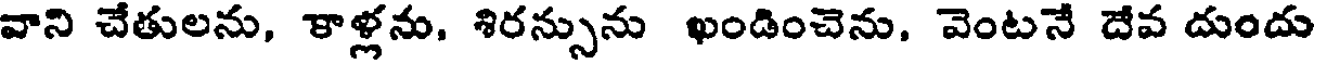
వాని చేతులను, కాళ్లను, శిరన్సును ఖండించెను, వెంటనే దేవ దుందు